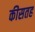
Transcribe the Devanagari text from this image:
कीसतह